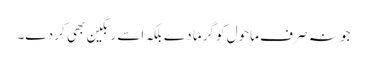
جو نہ صرف ماحول کو گرما دے بلکہ اسے رنگین بھی کر دے۔